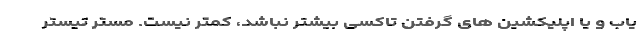
یاب و یا اپلیکشین های گرفتن تاکسی بیشتر نباشد، کمتر نیست. مستر تیستر